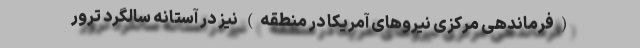
(فرماندهی مرکزی نیروهای آمریکا در منطقه) نیز در آستانه سالگرد ترور